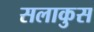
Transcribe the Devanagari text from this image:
सलाकुस